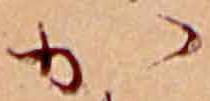
か